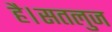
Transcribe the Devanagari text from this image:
है।सतलुज